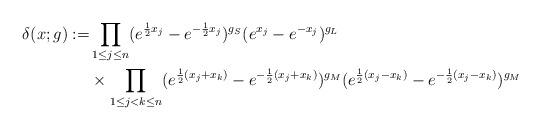
LaTeX: \begin{align*}\delta (x;g) :=& \prod_{1\leq j\leq n} (e^{\frac{1}{2} x_j} - e^{-\frac{1}{2} x_j} )^{g_S} (e^{x_j} - e^{-x_j} )^{g_L} \\&\times \prod_{1\leq j <k\leq n} (e^{\frac{1}{2} (x_j+x_k)} - e^{-\frac{1}{2} (x_j+x_k)} )^{g_M} (e^{\frac{1}{2} (x_j-x_k)} - e^{-\frac{1}{2} (x_j-x_k)} )^{g_M}\end{align*}